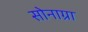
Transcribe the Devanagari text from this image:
सोनाग्रा